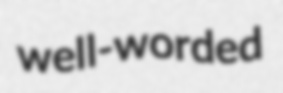
well-worded